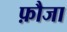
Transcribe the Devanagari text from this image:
फ़ौजा